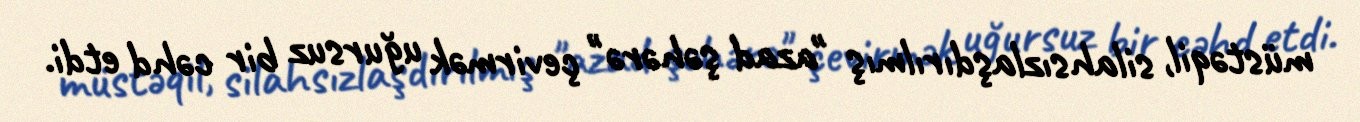
müstəqil, silahsızlaşdırılmış "azad şəhərə" çevirmək uğursuz bir cəhd etdi.